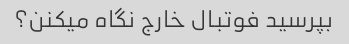
بپرسید فوتبال خارج نگاه میکنن؟